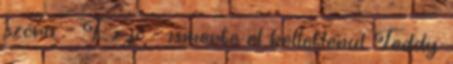
szóra. - Ez jó - ismerte el kelletlenül Teddy.